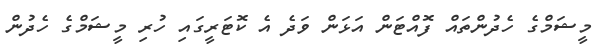
މީޝަމްގެ ހެދުންތައް ފޮއްޓަން އަޅަން ވަދެ އެ ކޮޓަރީގައި ހުރި މީޝަމްގެ ހެދުން